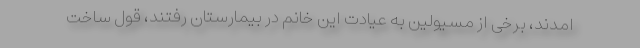
امدند، برخی از مسیولین به عیادت این خانم در بیمارستان رفتند، قول ساخت